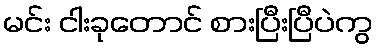
မင်း ငါးခုတောင် စားပြီးပြီပဲကွ